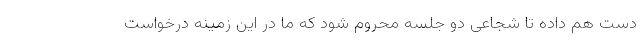
دست هم داده تا شجاعی دو جلسه محروم شود که ما در این زمینه درخواست